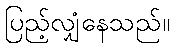
ပြည့်လျှံနေသည်။